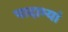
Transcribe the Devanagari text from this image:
पादाभ्यां